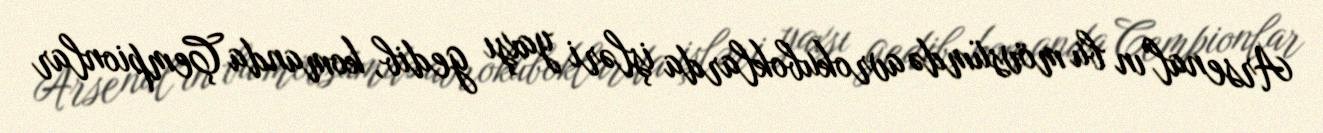
Arsenal"ın bu mövsümdə avrokuboklarda işləri yaxşı gedib, komanda Çempionlar